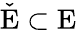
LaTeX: \check{\mathrm{E}}\subset\mathrm{E}